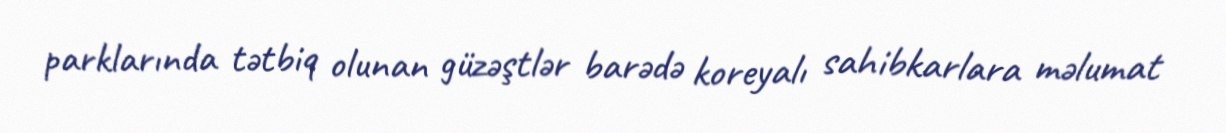
parklarında tətbiq olunan güzəştlər barədə koreyalı sahibkarlara məlumat